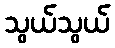
သွယ်သွယ်